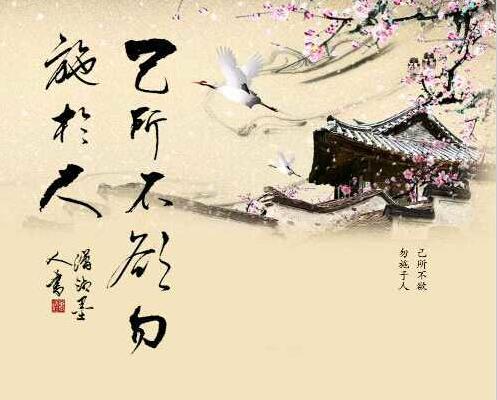
己所不欲，勿施于人。